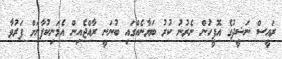
ރައީސް ނަޝީދުގެ އޮފީހުން ނެރުނު ކުރު ބަޔާނެއްގައި ބުނަނީ ރާއްޖެއިން އެމަނިކުފާނަށް ފަރުވާ